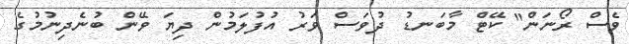
ވެސް ރޯނަން" ކޭޓް މާބަނޑު ދުވަސް ވަރު އުފުލަމުން ދިޔަ ވޭން ބުނެދިނުމުގެ